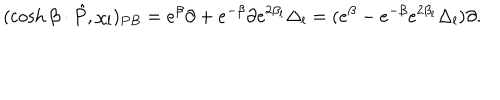
( \cosh \beta \cdot \hat { P } , \chi _ { l } ) _ { P B } = e ^ { \beta } \partial + e ^ { - \beta } \partial e ^ { 2 \beta _ { l } } \Delta _ { l } = ( e ^ { \beta } - e ^ { - \beta } e ^ { 2 \beta _ { l } } \Delta _ { l } ) \partial .